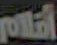
السلام